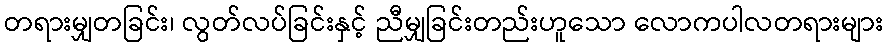
တရားမျှတခြင်း၊ လွတ်လပ်ခြင်းနှင့် ညီမျှခြင်းတည်းဟူသော လောကပါလတရားများ